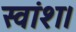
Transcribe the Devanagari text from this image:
स्वांश।